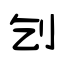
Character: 刉